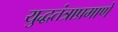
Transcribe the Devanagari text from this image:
युद्धतंत्राप्रमाणे